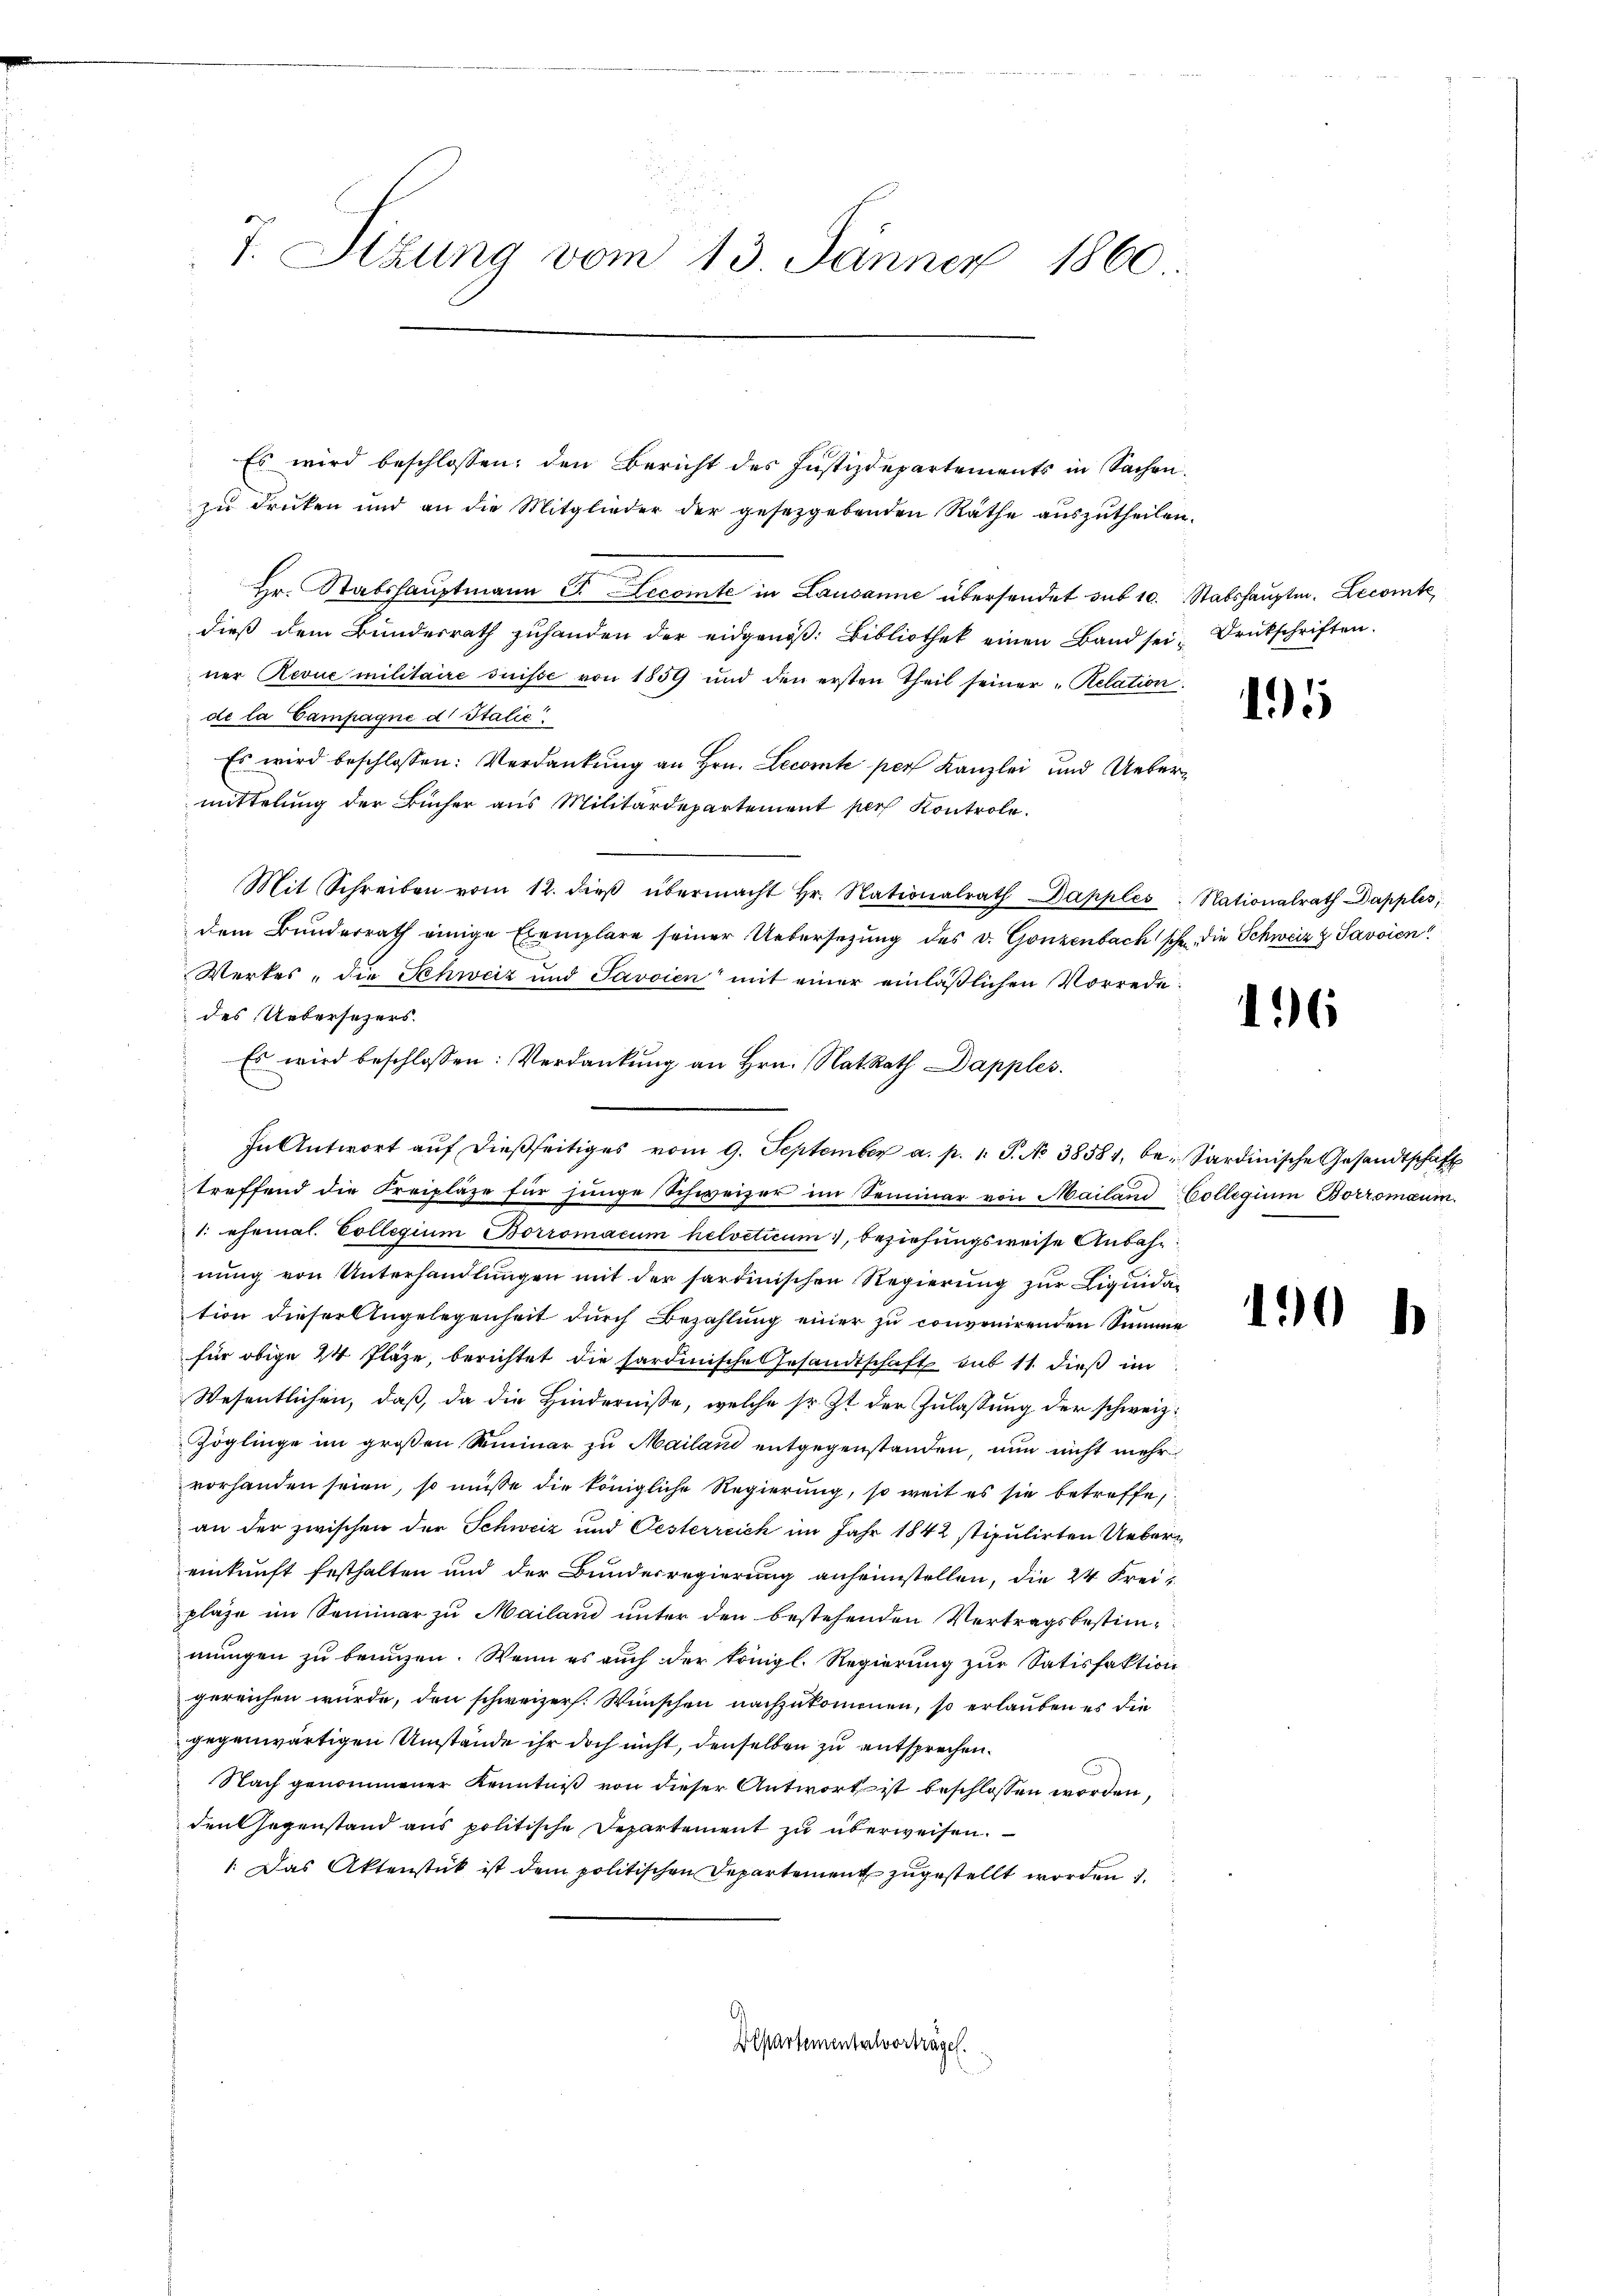
7. Sizung vom 13. Jänner 1860

Es wird beschlossen; den Bericht des Justizdepartements in Sachenzu drucken und an die Mitglieder der gesetzgebenden Räthe auszutheilen.
Hr. Stabshauptmann J. Lecomte in Lausanne übersendet sub 10. Stabshauptm. Lecomte
dieß dem Bundesrath zuhanden der eidgenöβ: Bibliothek einen Band sei; Druckschriften.
ner Revue militaire suisse von 1859 und den ersten Theil seiner Relation
de la Campagne d. Italie
Es wird beschlossen: Verdankŭng an Hrn. Lecomte per Kanzlei und Uebermittelung der Bücher aus Militärdepartement per Kontrole.
Mit Schreiben vom 12. dieβ übermacht hr. Nationalrath Dapples: Nationalrath Dapples,
dem Bunderrath einige Exemplare seiner Uebersetzung des v. Gonzenbach sche, die Schweiz & Savoien!
Werkes, die Schweiz und Savoien“ mit einer einläßlichen Vorrede:
des Uebersezers.
Es wird beschlossen: Verdankŭng an Hrn. Nat. Rath Dapples.
In Antwort aŭf dießseitiges vom 9. September a. p. 1. P. No 38581, be- Sardinische Gesandtschäft
treffend die Freipläge für junge Schweizer im Seminar von Mailand-Collegium Borromaum.
1. ehemal. Collegium Borromacum helveticum, Beziehungsweise Anbahnŭng von Unterhandlŭngen mit der sardinischen Regierung zur Liquidation dieser Angelegenheit durch Bezahlung einer zu convenirenden Summe
für obige 44 Fläze, berichtet die hardinische Gesandtschaft sub 11. dieß im
Wesentlichen, daß, da die Hindernisse, welche sr. Zt. der Zulassung der schweiz.
Zöglinge im großen Riminar zu Mailand entgegenstanden, nun nicht mehr
vorhanden seien, so müsse die königliche Regierung, so weit es sie betreffe,
an der zwischen der Schweiz und Oesterreich im Jahr 1842 stipulirten Uebereinkunft festhalten und der Bundesregierung anheimstellen, die 24 Freiplaze im Seminar zu Mailand unter den bestehenden Vertragsbestim-
mungen zu benuzen. Wenn es auch der königl. Regierung zur Satisfaktion
gereichen würde, den schweizer. Wünschen nachzukommenen, so erlauben es die
gegenwärtigen Umstände ihr doch nicht, denselben zu entsprechen.
Nach genommener Kenntniß von dieser Antwort ist beschlossen worden,
den Gegenstand aus politische Departement zu überweisen.
1. Das Aktenstück ist dem politischen Departement zugestellt worden 1.
Departementalvorträge.

15

136